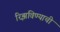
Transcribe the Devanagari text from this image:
रिझविण्याची